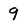
Character: 9